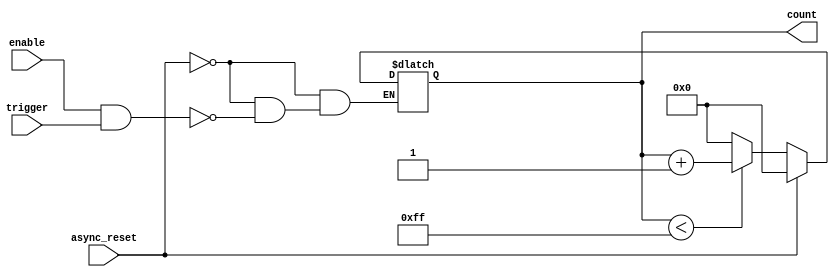
module dynamic_asynchronous_counter #(
    parameter N = 8  // Maximum count value (N), must be a power of 2
) (
    input wire async_reset,   // Asynchronous reset signal
    input wire enable,        // Enable signal for counting
    input wire trigger,       // External trigger signal for counting
    output reg [N-1:0] count  // Current count value
);

    // Define the maximum count value based on parameter N
    localparam MAX_COUNT = (1 << N) - 1; // Maximum count value (N-1)

    // Asynchronous reset and counting logic
    always @(*) begin
        if (async_reset) begin
            count = 0; // Reset the counter to 0
        end else if (enable && trigger) begin
            if (count < MAX_COUNT) begin
                count = count + 1; // Increment the counter
            end else begin
                count = 0; // Wrap around to 0 after reaching MAX_COUNT
            end
        end
    end

endmodule